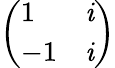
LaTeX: \left(\begin{array}{ll}{1}&{\mathit{i}}\\ {-1}&{\mathit{i}}\end{array}\right)